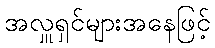
အလှူရှင်များအနေဖြင့်